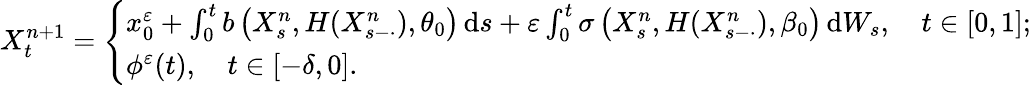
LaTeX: X_{t}^{n+1}=\left\{ \begin{array}{ll}{x_{0}^{\varepsilon}+\int_{0}^{t}b\left(X_{s}^{n},H(X_{s-\cdot}^{n}),\theta_{0}\right)\, \mathrm{d}s+\varepsilon\int_{0}^{t}\sigma\left(X_{s}^{n},H(X_{s-\cdot}^{n}),\beta_{0}\right)\, \mathrm{d}W_{s},\quad t\in[0,1];}\\ {\phi^{\varepsilon}(t),\quad t\in[-\delta,0].}\end{array}\right.